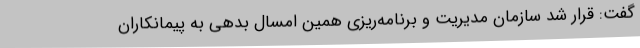
گفت: قرار شد سازمان مدیریت و برنامه‌ریزی همین امسال بدهی به پیمانکاران